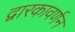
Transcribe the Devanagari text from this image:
द्वारकावर्णन